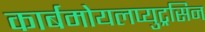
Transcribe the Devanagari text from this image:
कार्बमोयलप्युट्रसिन